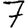
Digit: 7